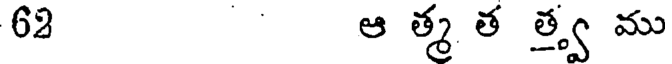
62 ఆ త్మ త త్వ ము